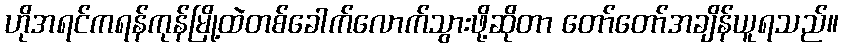
ဟိုအရင်ကရန်ကုန်မြို့ထဲတစ်ခေါက်လောက်သွားဖို့ဆိုတာ တော်တော်အချိန်ယူရသည်။